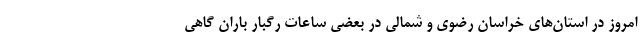
امروز در استان‌های خراسان رضوی و شمالی در بعضی ساعات رگبار باران گاهی